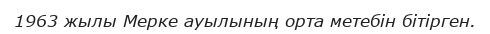
1963 жылы Мерке ауылының орта метебін бітірген.